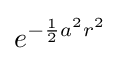
e^{-{\frac {1}{2}}a^{2}r^{2}}